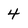
Character: 4